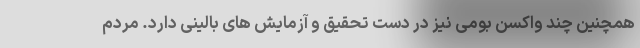
همچنین چند واکسن بومی نیز در دست تحقیق و آزمایش های بالینی دارد. مردم